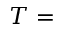
T =